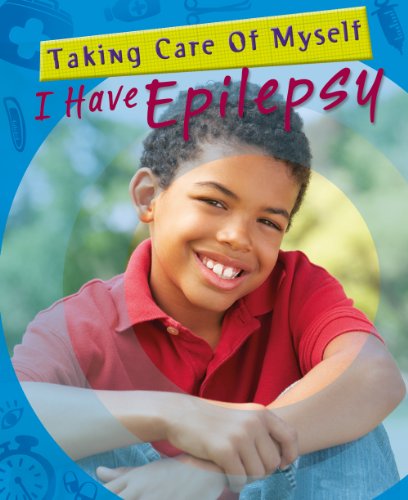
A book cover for I Have Epilepsy (Taking Care of Myself); Patsy Westcott; Health, Fitness & Dieting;